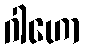
ဂါဟော